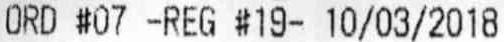
ORD #07 -REG #19- 10/03/2018